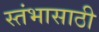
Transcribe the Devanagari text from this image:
स्तंभासाठी